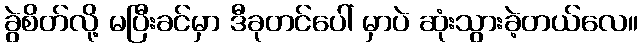
ခွဲစိတ်လို့ မပြီးခင်မှာ ဒီခုတင်ပေါ် မှာပဲ ဆုံးသွားခဲ့တယ်လေ။